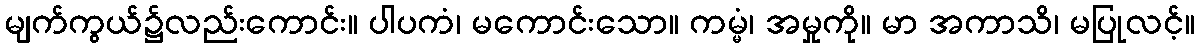
မျက်ကွယ်၌လည်းကောင်း။ ပါပကံ၊ မကောင်းသော။ ကမ္မံ၊ အမှုကို။ မာ အကာသိ၊ မပြုလင့်။